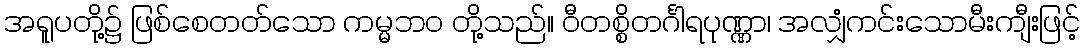
အရူပတို့၌ ဖြစ်စေတတ်သော ကမ္မဘဝ တို့သည်။ ဝီတစ္စိတင်္ဂါရပုဏ္ဏာ၊ အလျှံကင်းသောမီးကျီးဖြင့်